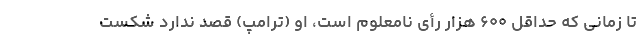
تا زمانی که حداقل ۶۰۰ هزار رأی نامعلوم است، او (ترامپ) قصد ندارد شکست